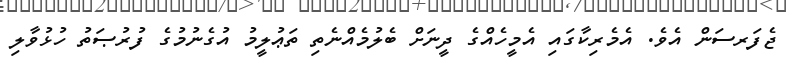
ޖެފަރސަން އެވެ. އެމެރިކާގައި އެމީހެއްގެ ދީނަށް ބެލުމެއްނެތި ތަޢުލީމު އުގެނުމުގެ ފުރުޞަތު ހުޅުވާލި